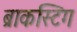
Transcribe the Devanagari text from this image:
ब्राकस्टिग